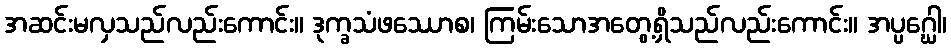
အဆင်းမလှသည်လည်းကောင်း။ ဒုက္ခသံဖဿောစ၊ ကြမ်းသောအတွေ့ရှိသည်လည်းကောင်း။ အပ္ပဂ္ဃေါ၊